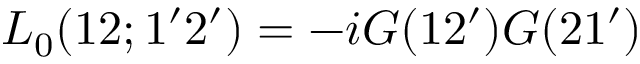
L _ { 0 } ( 1 2 ; 1 ^ { \prime } 2 ^ { \prime } ) = - i G ( 1 2 ^ { \prime } ) G ( 2 1 ^ { \prime } )